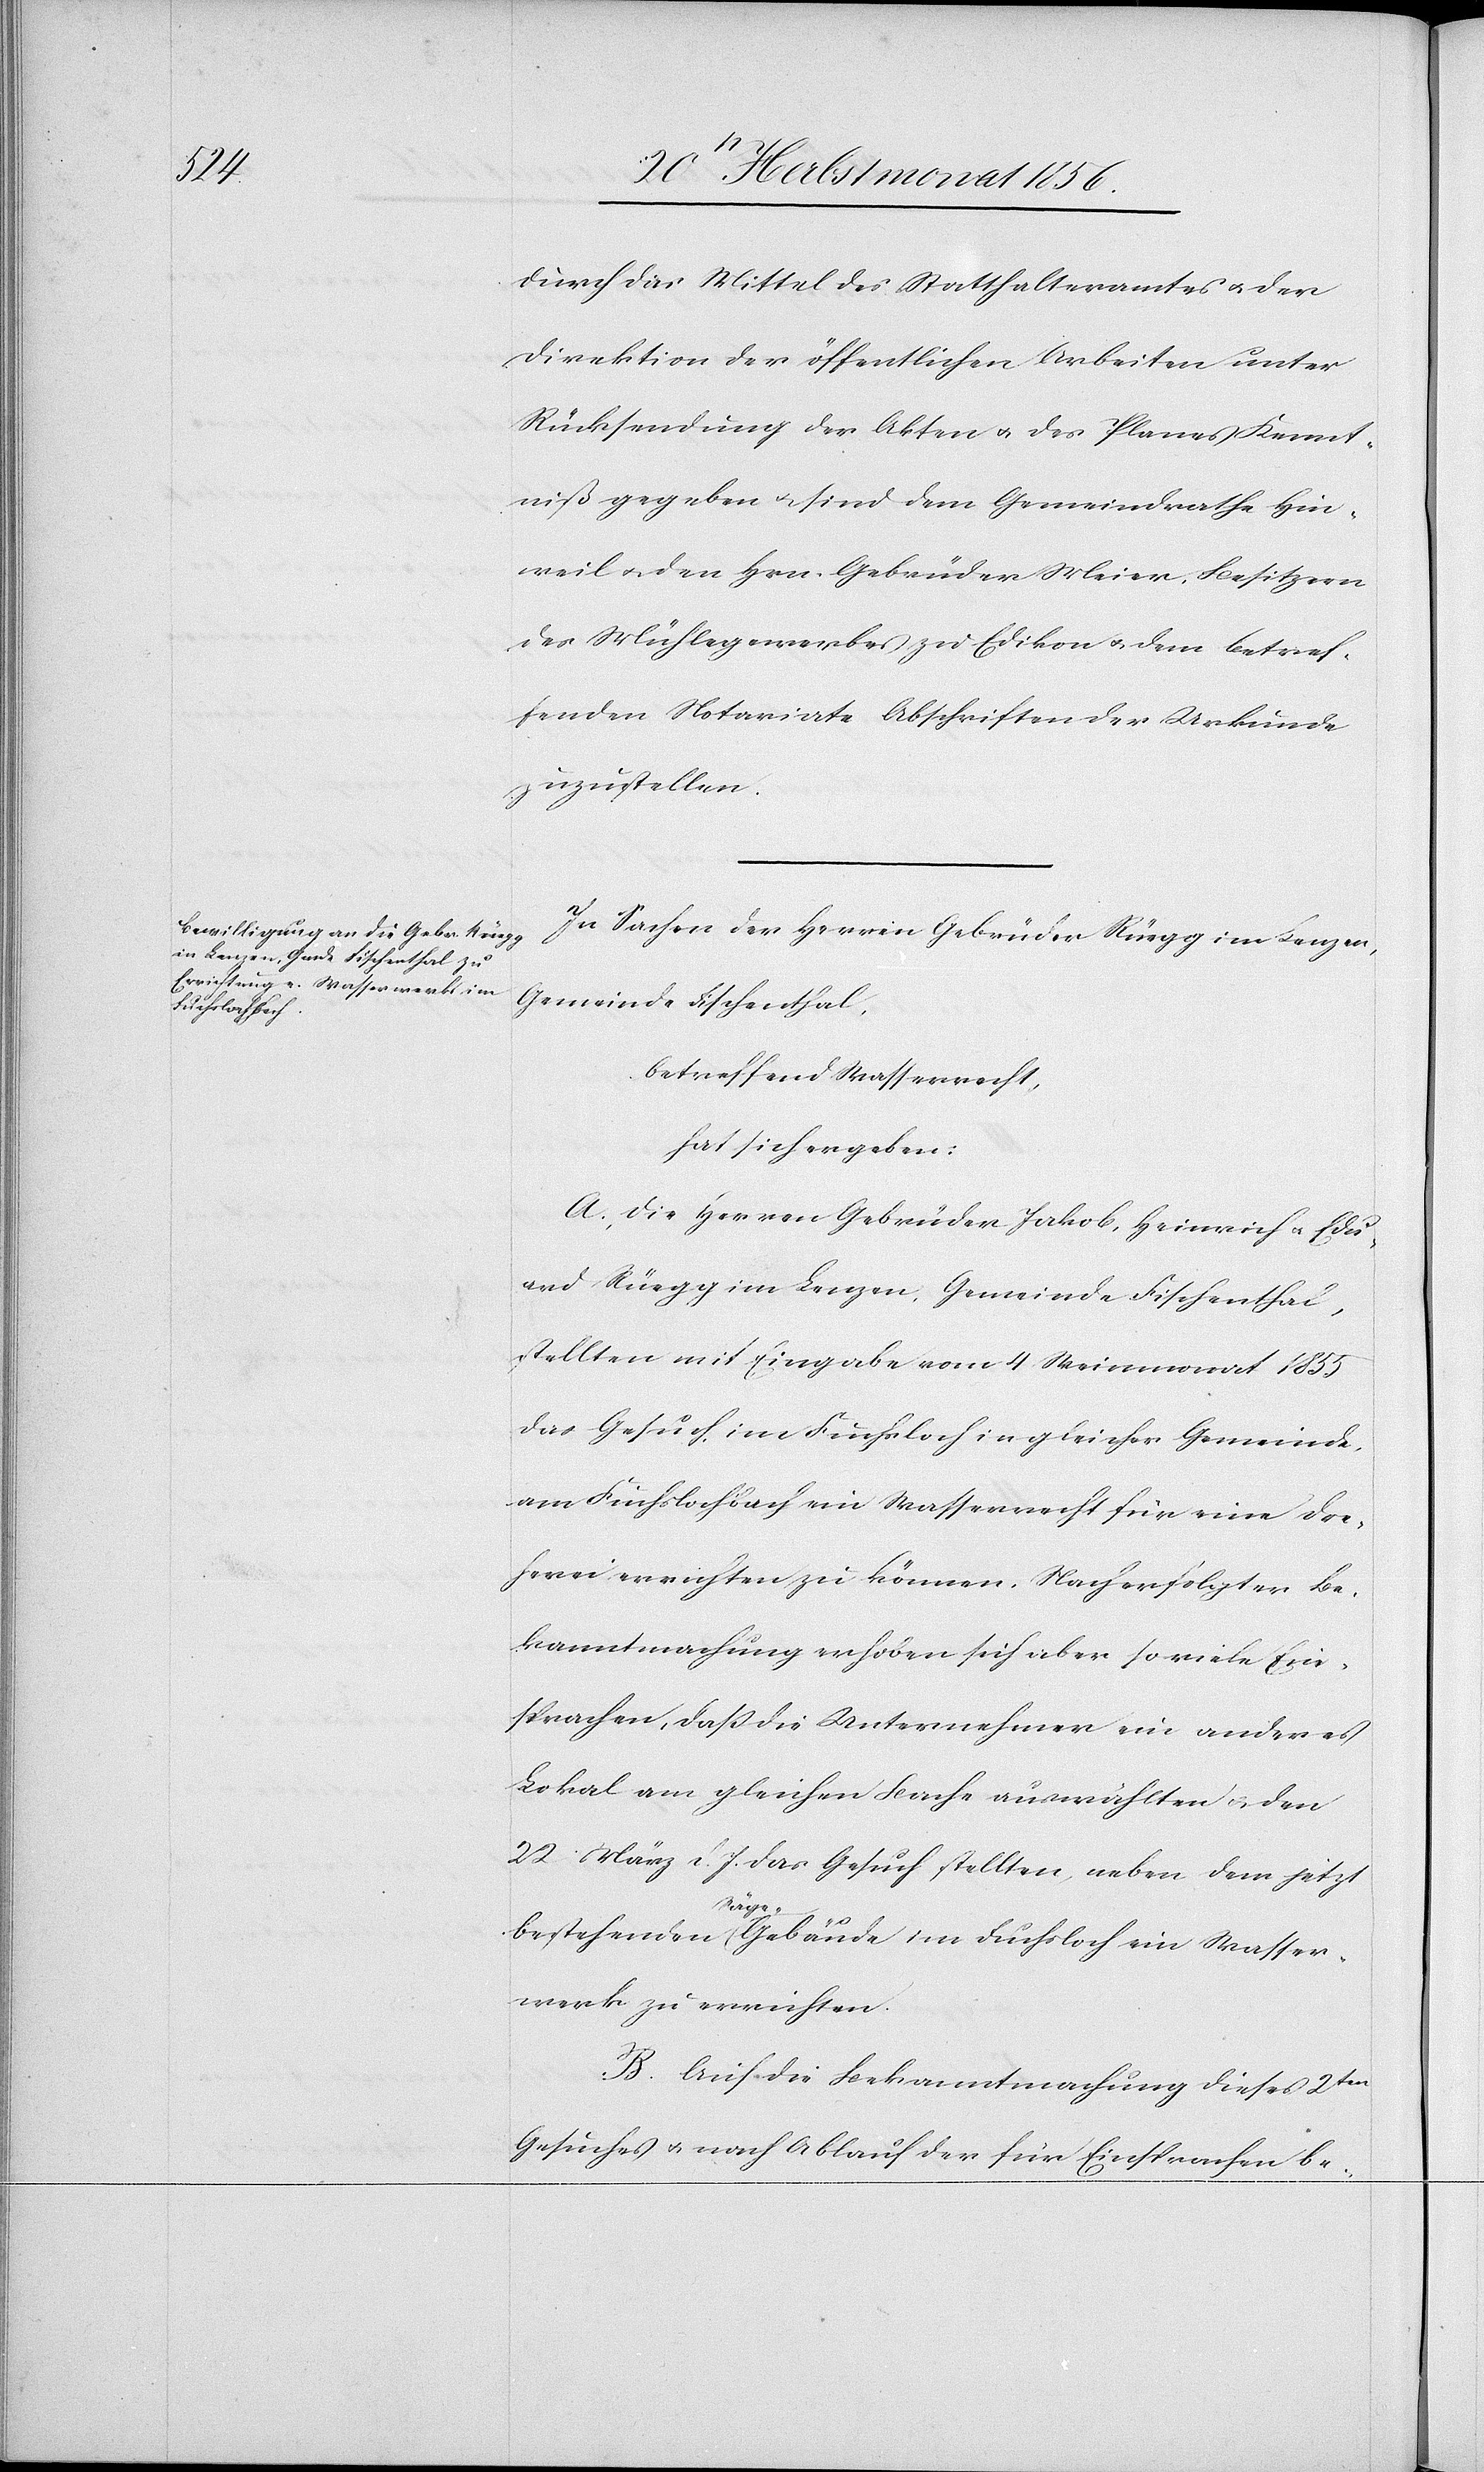
Fuchsloch ein

durch das Mittel des Statthalteramtes u. der
Direktion der öffentlichen Arbeiten unter
Rücksendung der Akten u. des Planes Kennt¬
niß gegeben u. sind dem Gemeindrathe Hin¬
weil u. den Hrn. Gebrüder Meier, Besitzern
des Mühlegewerbes zu Edikon u. dem betref¬
fenden Notariate Abschriften der Urkunde
zuzustellen.
In Sachen der Herren Gebrüder Rüegg in Lenzen,
Gemeinde Fischenthal,
betreffend Wasserrecht,
hat sich ergeben:
A. Die Herren Gebrüder Jakob, Heinrich u. Edu¬
ard Rüegg im Lenzen, Gemeinde Fischenthal,
stellten mit Eingabe vom 4 Weinmonat 1855
das Gesuch, im Fuchsloch in gleicher Gemeinde,
am Fuchslochbach ein Wasserrecht für eine Dre¬
herei errichten zu können. Nach erfolgter Be¬
kanntmachung erhoben sich aber so viele Ein¬
sprachen, dass die Unternehmer ein anderes
Lokal am gleichen Bache auswählten u. den
22 März d. J. das Gesuch stellten, neben dem jetzt
Wasser¬
werk zu errichten.
B. Auf die Bekanntmachung dieses 2ten
Gesuches u. nach Ablauf der für Einsprachen be-